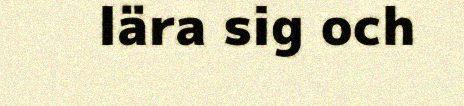
lära sig och